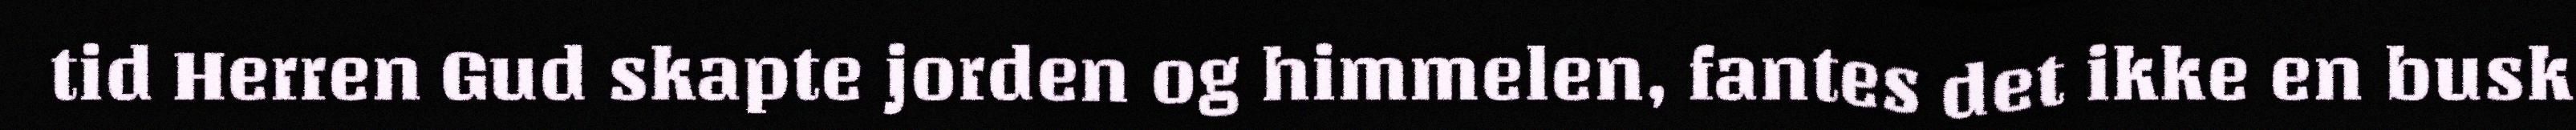
tid Herren Gud skapte jorden og himmelen, fantes det ikke en busk